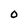
Character: 0